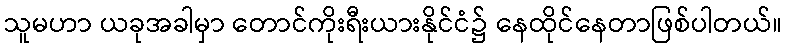
သူမဟာ ယခုအခါမှာ တောင်ကိုးရီးယားနိုင်ငံ၌ နေထိုင်နေတာဖြစ်ပါတယ်။